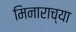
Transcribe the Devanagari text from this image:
मिनाराच्या